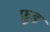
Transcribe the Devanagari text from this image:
फ़ु़ड